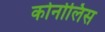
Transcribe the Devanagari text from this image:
कोर्नोलिस